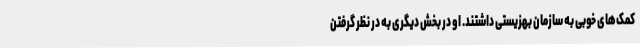
کمک‌های خوبی به سازمان بهزیستی داشتند. او در بخش دیگری به در نظر گرفتن